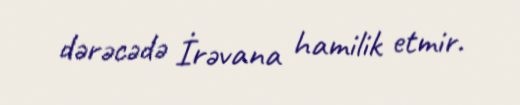
dərəcədə İrəvana hamilik etmir.